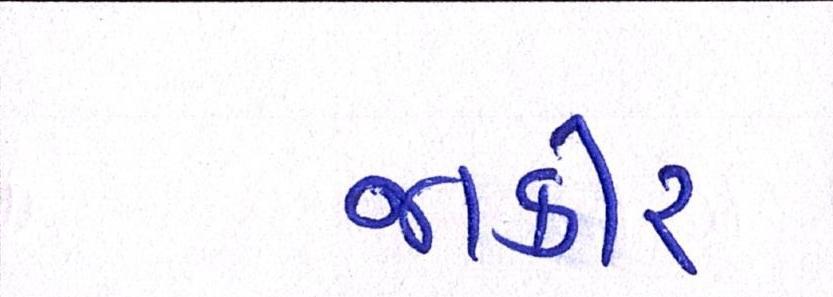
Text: જાકીર